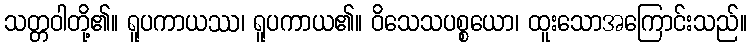
သတ္တဝါတို့၏။ ရူပကာယဿ၊ ရူပကာယ၏။ ဝိသေသပစ္စယော၊ ထူးသောအကြောင်းသည်။